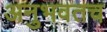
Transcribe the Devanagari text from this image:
अनुभवतच